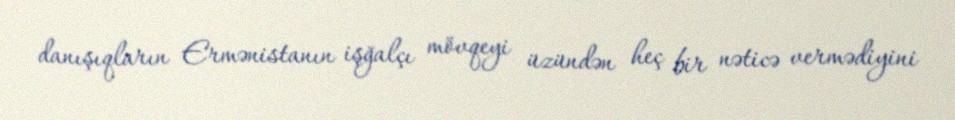
danışıqların Ermənistanın işğalçı mövqeyi üzündən heç bir nəticə vermədiyini